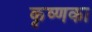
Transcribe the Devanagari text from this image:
कृष्णका